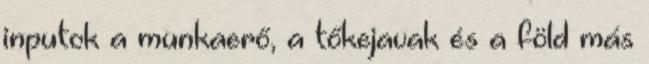
inputok a munkaerő, a tőkejavak és a föld más